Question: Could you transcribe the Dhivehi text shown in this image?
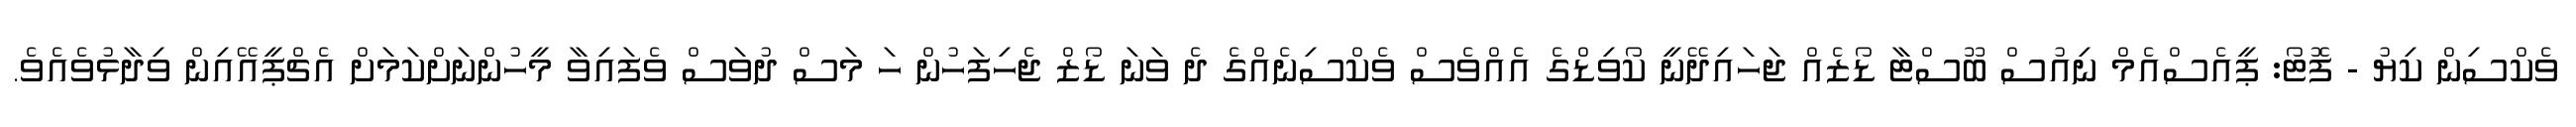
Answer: ވެކްސިން ކިޔު - ފޮޓޯ: ޕީއެސްއެމް ނިއުސް ބޫސްޓާ ޑޯޒެއް ޖަހައިދޭނީ ކޯވިޑްގެ އެއްވެސް ވެކްސިނެއްގެ ދެ ވަނަ ޑޯޒް ޖެހިފަހުން ހަ މަސް ދުވަސް ވެފައިވާ މީހުންނަށްކަމަށް އެޗްޕީއޭއިން ވިދާޅުވެއެވެ.